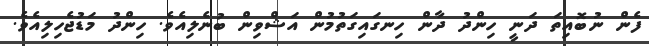
ފެން ނުބޮއިތަ ދަނީ ހިންދު ދާން ހިނގައިގަތުމުން އަޝްވިން ބުނެލިއެވެ. ހިންދު މަޑުޖެހިލިއެވެ.